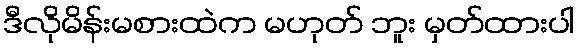
ဒီလိုမိန်းမစားထဲက မဟုတ် ဘူး မှတ်ထားပါ